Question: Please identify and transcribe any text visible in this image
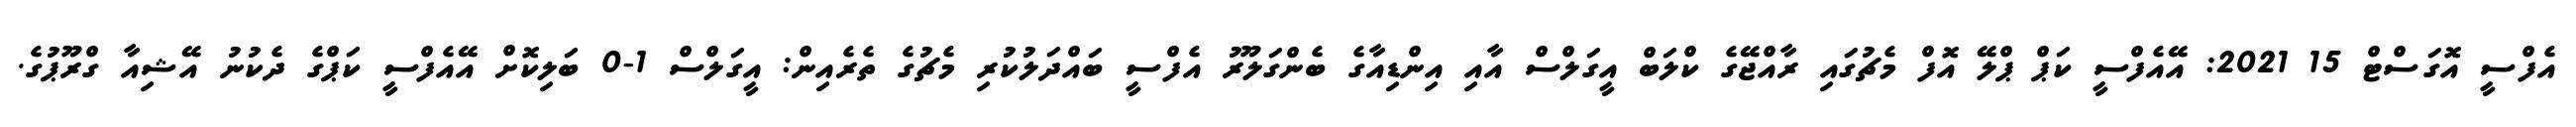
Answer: އެފްސީ އޮގަސްޓް 15 2021: އޭއެފްސީ ކަޕް ޕްލޭ އޮފް މެޗުގައި ރާއްޖޭގެ ކްލަބް އީގަލްސް އާއި އިންޑިއާގެ ބެންގަލޫރު އެފްސީ ބައްދަލުކުރި މެޗުގެ ތެރެއިން: އީގަލްސް 1-0 ބަލިކޮށް އޭއެފްސީ ކަޕްގެ ދެކުނު އޭޝިއާ ގްރޫޕުގެ.